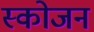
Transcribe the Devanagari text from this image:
स्कोजन